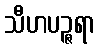
သီဟပဉ္ဇရာ